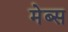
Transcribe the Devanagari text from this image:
मेब्स